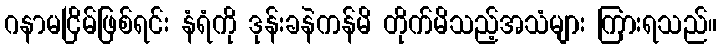
ဂနာမငြိမ်ဖြစ်ရင်း နံရံကို ဒုန်းခနဲကန်မိ တိုက်မိသည့်အသံများ ကြားရသည်။